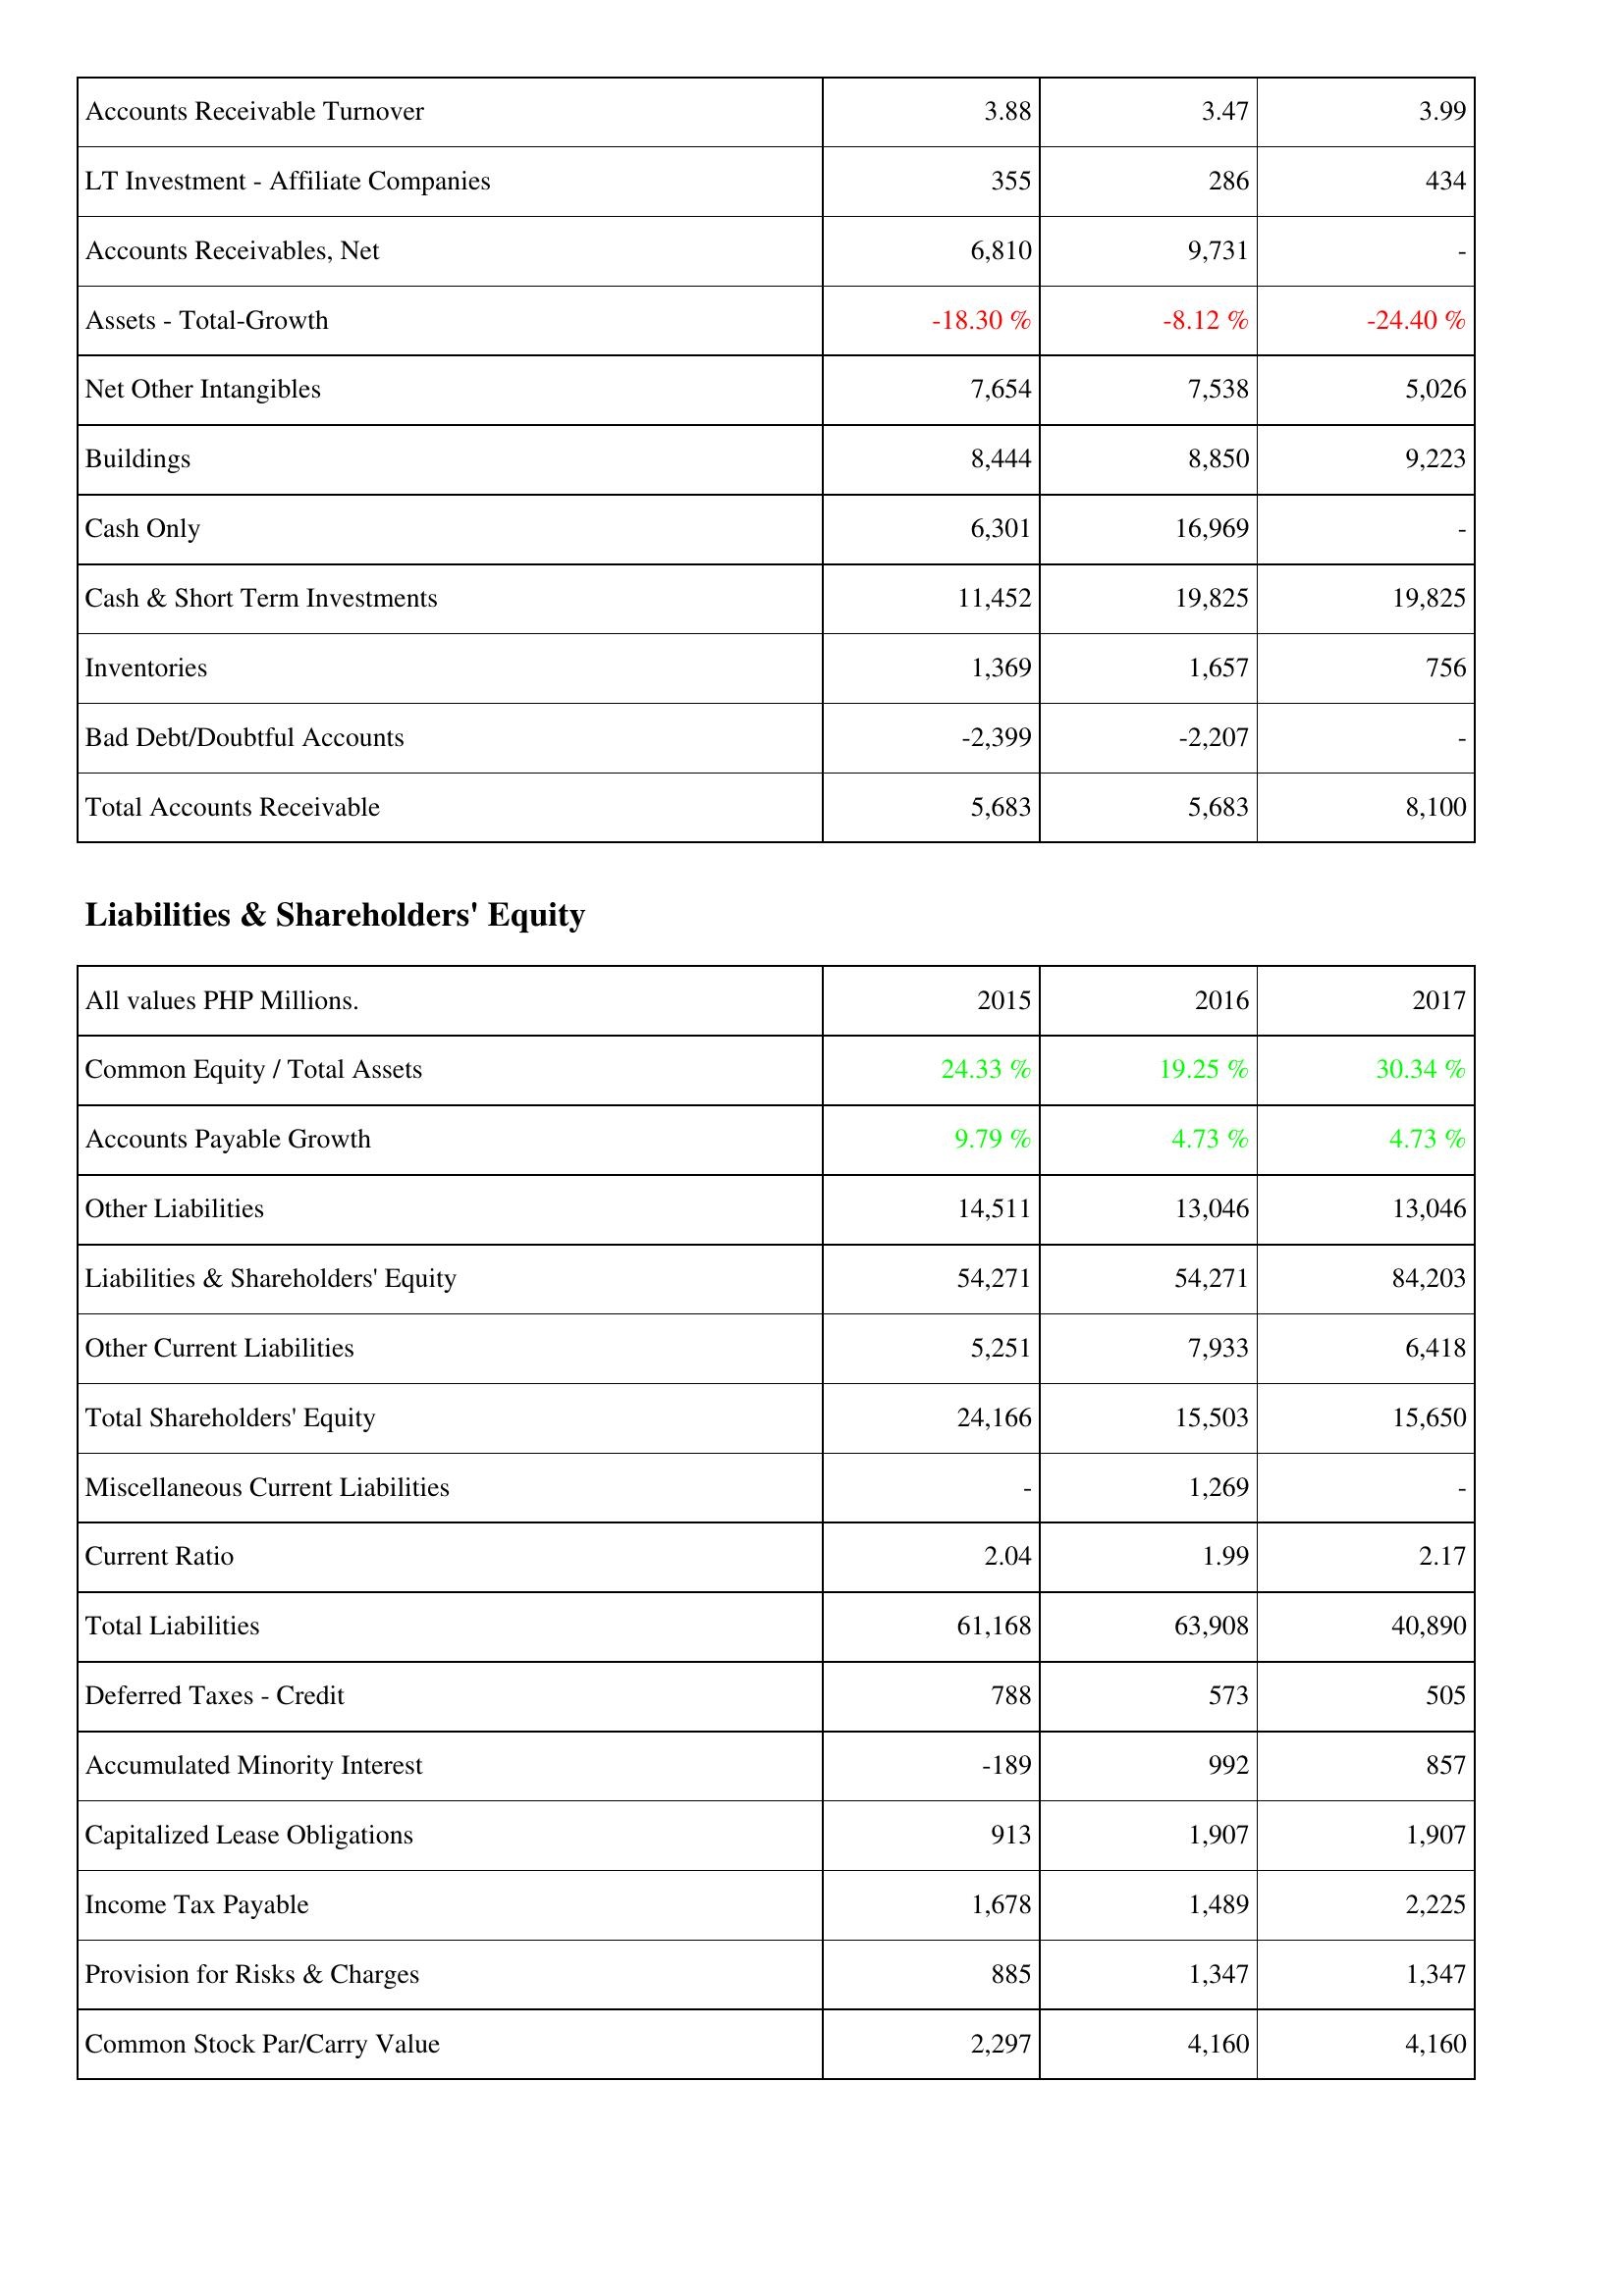
2015: Assets: Accounts Receivable Turnover: 3.88
LT Investment - Affiliate Companies: 355
Accounts Receivables, Net: 6,810
Assets - Total-Growth: -18.30 %
Net Other Intangibles: 7,654
Buildings: 8,444
Cash Only: 6,301
Cash & Short Term Investments: 11,452
Inventories: 1,369
Bad Debt/Doubtful Accounts: -2,399
Total Accounts Receivable: 5,683
Liabilities & Shareholders' Equity: Common Equity / Total Assets: 24.33 %
Accounts Payable Growth: 9.79 %
Other Liabilities: 14,511
Liabilities & Shareholders' Equity: 54,271
Other Current Liabilities: 5,251
Total Shareholders' Equity: 24,166
Miscellaneous Current Liabilities: -
Current Ratio: 2.04
Total Liabilities: 61,168
Deferred Taxes - Credit: 788
Accumulated Minority Interest: -189
Capitalized Lease Obligations: 913
Income Tax Payable: 1,678
Provision for Risks & Charges: 885
Common Stock Par/Carry Value: 2,297
2016: Assets: Accounts Receivable Turnover: 3.47
LT Investment - Affiliate Companies: 286
Accounts Receivables, Net: 9,731
Assets - Total-Growth: -8.12 %
Net Other Intangibles: 7,538
Buildings: 8,850
Cash Only: 16,969
Cash & Short Term Investments: 19,825
Inventories: 1,657
Bad Debt/Doubtful Accounts: -2,207
Total Accounts Receivable: 5,683
Liabilities & Shareholders' Equity: Common Equity / Total Assets: 19.25 %
Accounts Payable Growth: 4.73 %
Other Liabilities: 13,046
Liabilities & Shareholders' Equity: 54,271
Other Current Liabilities: 7,933
Total Shareholders' Equity: 15,503
Miscellaneous Current Liabilities: 1,269
Current Ratio: 1.99
Total Liabilities: 63,908
Deferred Taxes - Credit: 573
Accumulated Minority Interest: 992
Capitalized Lease Obligations: 1,907
Income Tax Payable: 1,489
Provision for Risks & Charges: 1,347
Common Stock Par/Carry Value: 4,160
2017: Assets: Accounts Receivable Turnover: 3.99
LT Investment - Affiliate Companies: 434
Accounts Receivables, Net: -
Assets - Total-Growth: -24.40 %
Net Other Intangibles: 5,026
Buildings: 9,223
Cash Only: -
Cash & Short Term Investments: 19,825
Inventories: 756
Bad Debt/Doubtful Accounts: -
Total Accounts Receivable: 8,100
Liabilities & Shareholders' Equity: Common Equity / Total Assets: 30.34 %
Accounts Payable Growth: 4.73 %
Other Liabilities: 13,046
Liabilities & Shareholders' Equity: 84,203
Other Current Liabilities: 6,418
Total Shareholders' Equity: 15,650
Miscellaneous Current Liabilities: -
Current Ratio: 2.17
Total Liabilities: 40,890
Deferred Taxes - Credit: 505
Accumulated Minority Interest: 857
Capitalized Lease Obligations: 1,907
Income Tax Payable: 2,225
Provision for Risks & Charges: 1,347
Common Stock Par/Carry Value: 4,160